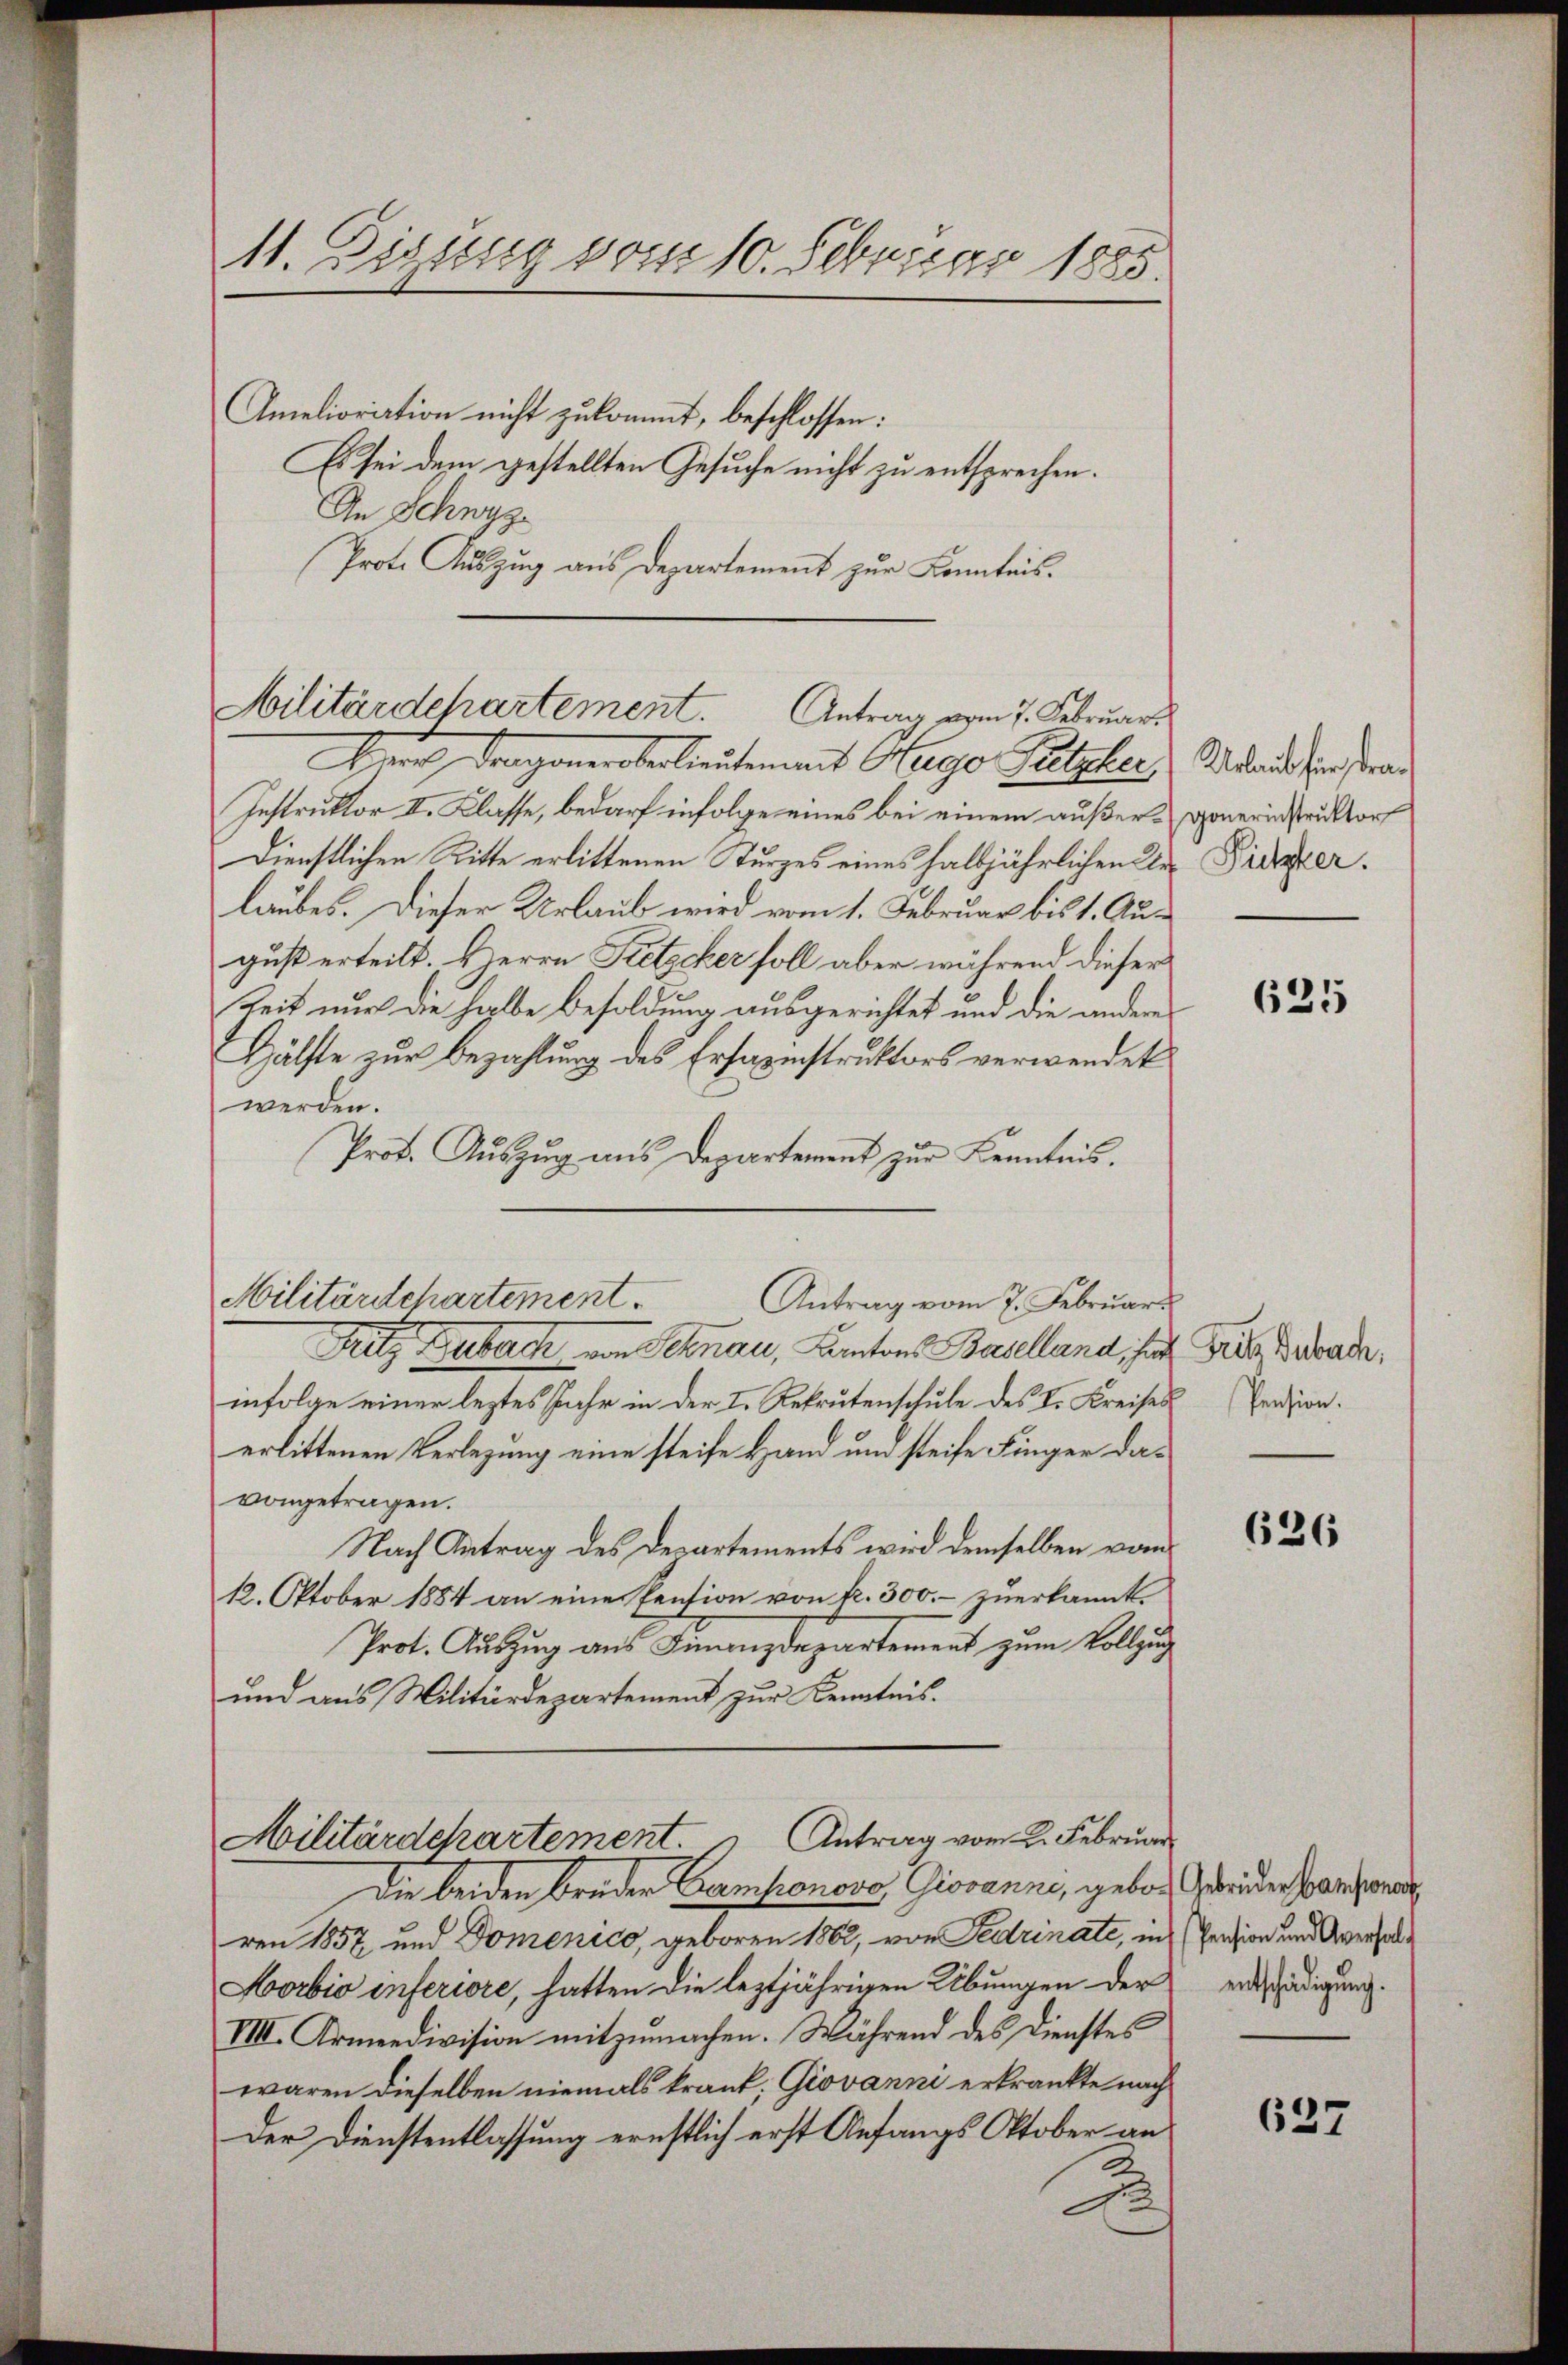
11. Sigung vom 10. Februar 1885.

Militärdepartement. Antrag vom 7. Februar

Amelioriation nicht zukommt, beschlossen:
Es sei dem gestellten Gesuche nicht zu entsprechen.
An Schwyz
Prote Auszug aus Departement zur Kenntnis.

Hart dragoneroberlieutenant Hugo Patzler Stand in der¬
Instruktor II. Klasse, bedarf infolge eines bei einem außers generinstruktor
Dienstlichen Ritte erlittenen Kurzes eines halbjährlichen Die Pieper.
laubes. Dieser Urlaub wird vom 1. Februar bis 1. August erteilt. Herrn Pretzcker soll aber während dieser
Zeit nur die halbe Besoldung ausgerichtet und die anderen
Hälfte zur Bezahlung des Ersaenstruktors verwendet
werden.
Prot. Auszug aus Departement zur Kenntnis.
Militärschartement.
Antrag vom 7. Februar
Ritz Guberich von Schnau, Cantons Baselland, hat Gras Busada,
infolge einer leztes Jahr in der I. Rekrutenschule des I. Kreises
erlittenen Verlegung eine steife Hand um steife Finger davongetragen.
Nach Antrag des Departements wird demselben vom
12. Oktober 1884 an eine Pension von fr. 300.– zuerkannt.
Prot. Auszug aus Finanzdepartement zum Vollzug
und aus Militärdepartement zur Kenntnis.

Militärdepartement. " Antrag vom 2. Februar

Die beiden Bruden Componova Giovanne, geboren 1857 und Domenico, geboren 1862, von Fedrinate, in Pension und Averhal¬
Horbio inferiore, hatten die leztjährigen Übungen der
VIII. Armeedivision mitzumachen. Während des Dienstes
waren dieselben niemals krank, Giovanni erkränkte nach
Der Dienstentlassung ernstlich erst Anfangs Oktober an

625

Pension.

626

Gebrüder Gamponer
entschädigung.

637